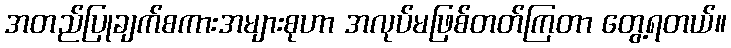
အတည်ပြုချက်စကားအများစုဟာ အလုပ်မဖြစ်တတ်ကြတာ တွေ့ရတယ်။